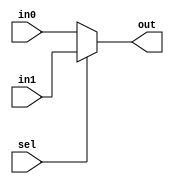
`ifndef MODULE_MUX2
`define MODULE_MUX2
`timescale 1ns / 1ps

module Mux2 (in0, in1, sel, out);

    parameter   size = 32;
    input                   sel;
    input       [size-1:0]  in0, in1;
    output      [size-1:0]  out;

    assign out = (sel == 1'b0) ? in0 : in1;

endmodule // Mux2

`endif // MODULE_MUX2